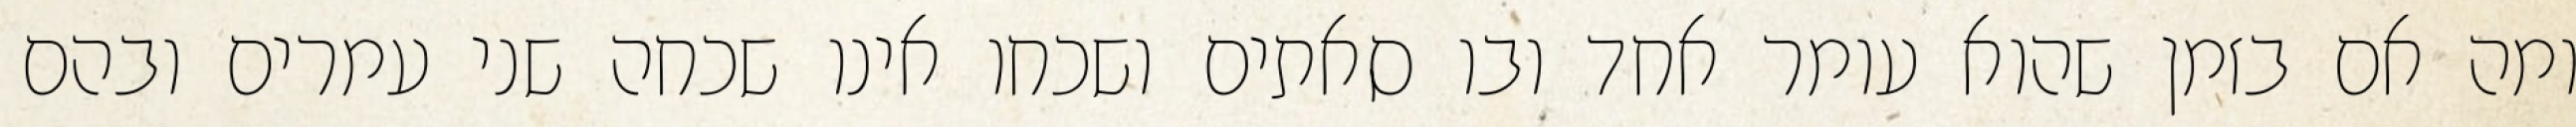
ומה אם בזמן שהוא עומר אחד ובו סאתים ושכחו אינו שכחה שני עמרים ובהם